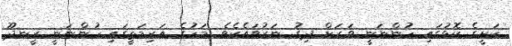
ކަށީގެ ކޮޅުގައި ހުންނަނީ ވަރަށް ދިގު ނަރުވައެކެވެ. މަހުގެ އަރިމަތީގައި ހުންނަނީ ރީނދޫ